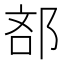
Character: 𮟼